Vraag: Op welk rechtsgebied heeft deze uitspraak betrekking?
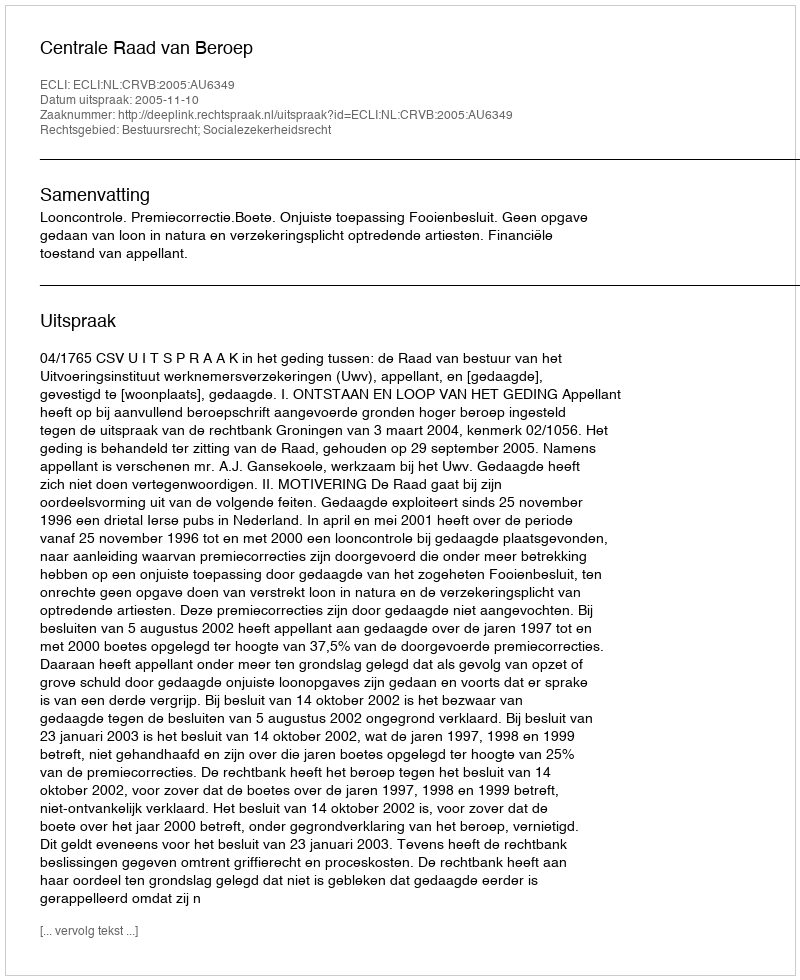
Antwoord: Bestuursrecht; Socialezekerheidsrecht